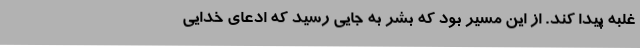
غلبه پیدا کند. از این مسیر بود که بشر به جایی رسید که ادعای خدایی